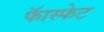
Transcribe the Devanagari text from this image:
फॅास्फेट